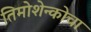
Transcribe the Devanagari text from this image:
तिमोशेन्कोचा